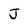
Character: J